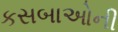
કસબાઓની